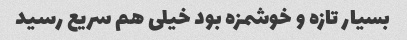
بسیار تازه و خوشمزه بود خیلی هم سریع رسید